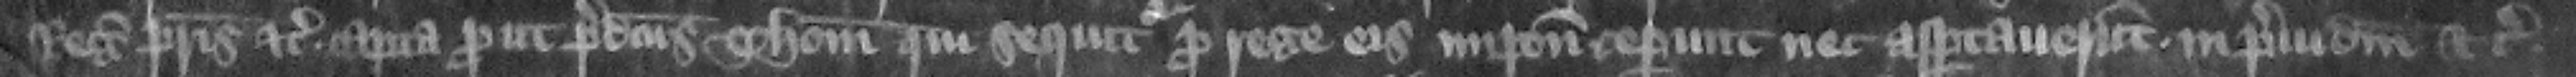
regis patris etc. capta prout predictus Thomas qui sequitur pro rege eis imponit ceperunt nec asportauerunt in preiudicium etc.